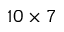
1 0 \times 7